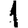
Digit: 1